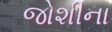
જોશીના